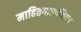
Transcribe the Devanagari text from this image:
माहितगाराशिवाय